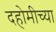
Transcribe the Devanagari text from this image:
दहोमीच्या